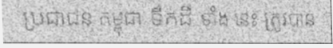
ប្រជាជន កម្ពុជា ទឹកដី ទាំង នេះ ត្រូវបាន